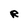
Character: R